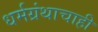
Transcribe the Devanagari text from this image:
धर्मग्रंथाचाही